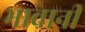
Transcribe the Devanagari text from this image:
भावानी